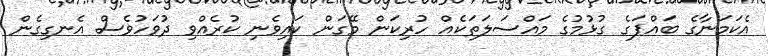
އެކަމަނާގެ ބައްޕަގެ ގުޅުމުގެ މައްސަލަތަކެއް ހުރިކަން މޭގަން ކައިވެނި ކުރެއްވި ދުވަހުވެސް އެނގިގެން